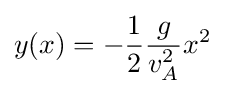
y(x)=-{\frac {1}{2}}{\frac {g}{v_{A}^{2}}}x^{2}